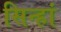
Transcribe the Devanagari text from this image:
सिन्हां